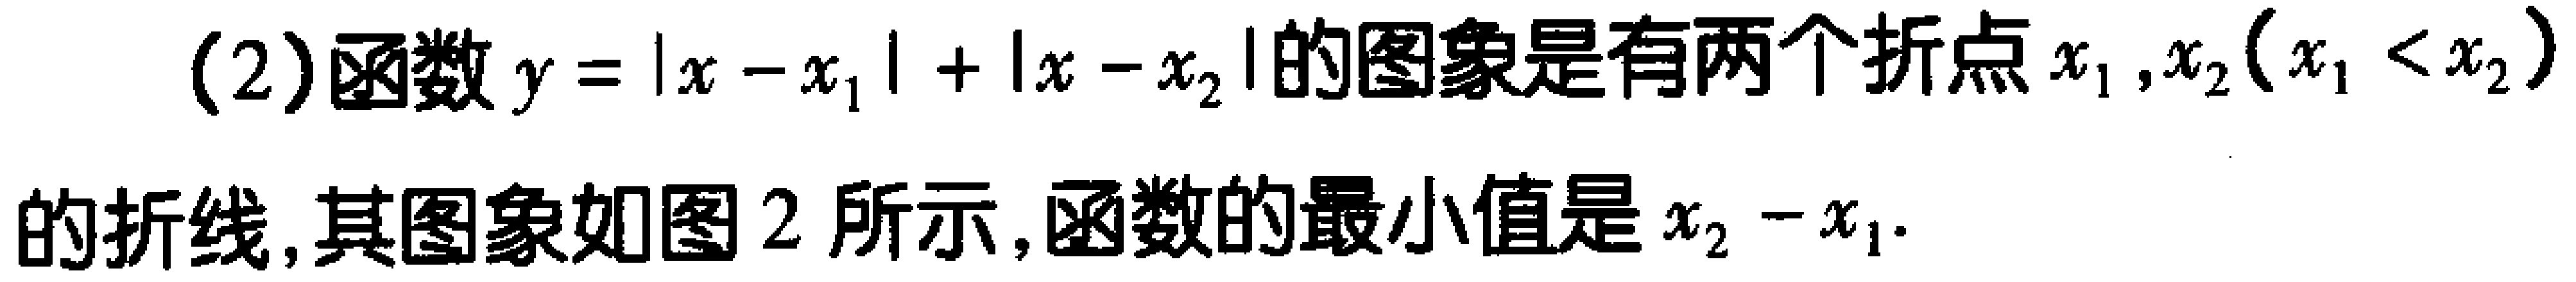
(2)函数\(y = |x - x_{1}|+|x - x_{2}|\)的图象是有两个折点\(x_{1},x_{2}(x_{1}<x_{2})\)的折线，其图象如图 2 所示，函数的最小值是\(x_{2}-x_{1}\).